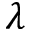
\lambda